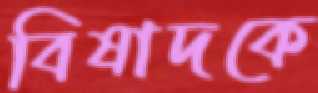
বিষাদকে